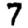
Digit: 7